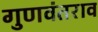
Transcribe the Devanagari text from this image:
गुणवंतराव